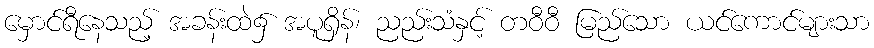
မှောင်ရီနေသည့် အခန်းထဲ၌ အပူရှိန်၊ ညည်းသံနှင့် တဝီဝီ မြည်သော ယင်ကောင်များသာ